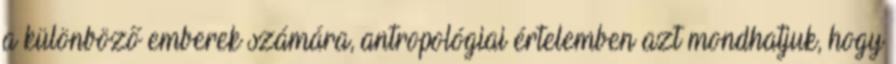
a különböző emberek számára, antropológiai értelemben azt mondhatjuk, hogy